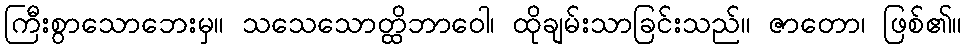
ကြီးစွာသောဘေးမှ။ သသေသောတ္ထိဘာဝေါ၊ ထိုချမ်းသာခြင်းသည်။ ဇာတော၊ ဖြစ်၏။